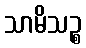
သာမိသဉ္စ